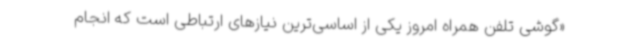
«گوشی تلفن همراه امروز یکی از اساسی‌ترین نیازهای ارتباطی است که انجام